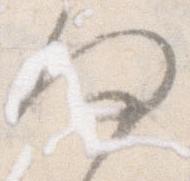
何